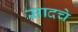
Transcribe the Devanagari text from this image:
सादचे